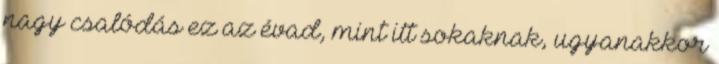
nagy csalódás ez az évad, mint itt sokaknak, ugyanakkor